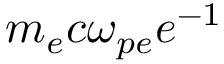
m _ { e } c \omega _ { p e } e ^ { - 1 }